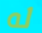
له